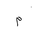
Letter: _mim